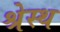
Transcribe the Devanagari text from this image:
श्रेस्थ